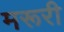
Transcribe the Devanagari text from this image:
मरूरी